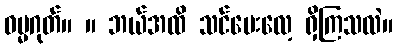
ဓမ္မဂုတ်။ ။ ဘယ်အထိ သင်ပေးလေ့ ရှိကြသလဲ။